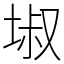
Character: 埱